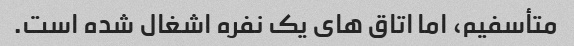
متأسفیم، اما اتاق های یک نفره اشغال شده است.